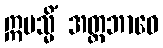
ဣမသ္မိံ အတ္တဘာဝေ